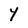
Character: Y